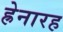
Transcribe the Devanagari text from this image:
ह्रेनारह